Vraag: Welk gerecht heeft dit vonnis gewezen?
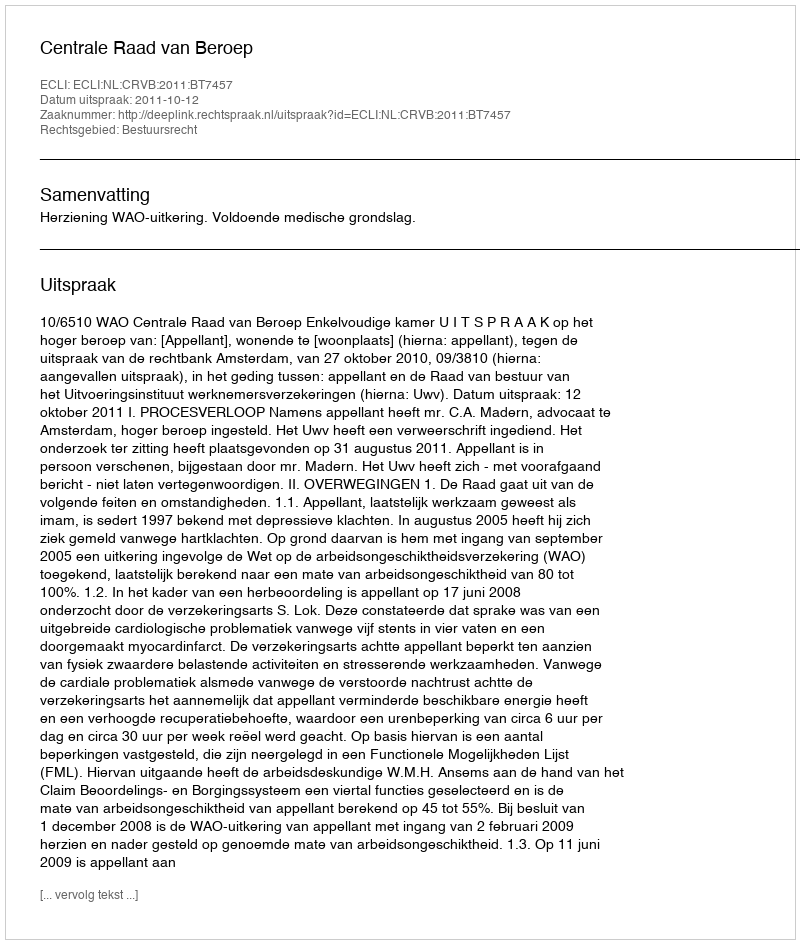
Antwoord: Centrale Raad van Beroep